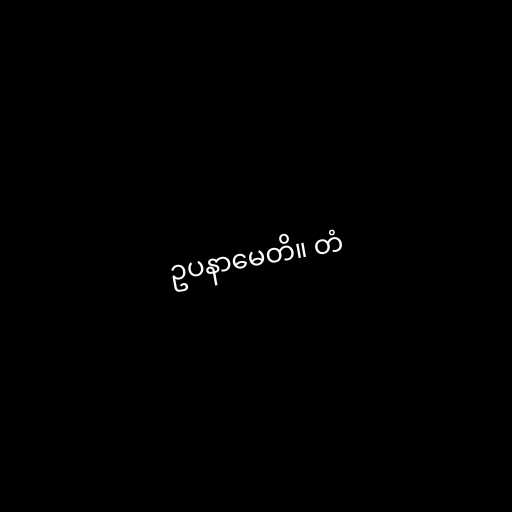
ဥပနာမေတိ။ တံ